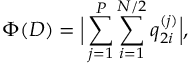
\Phi ( D ) = \Big | \sum _ { j = 1 } ^ { P } \sum _ { i = 1 } ^ { N / 2 } q _ { 2 i } ^ { ( j ) } \Big | ,